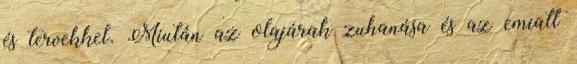
és tervekkel. Miután az olajárak zuhanása és az emiatt